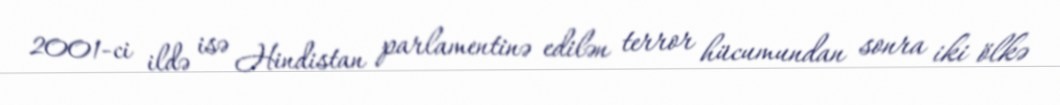
2001-ci ildə isə Hindistan parlamentinə edilən terror hücumundan sonra iki ölkə